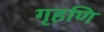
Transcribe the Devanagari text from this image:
गृहणि